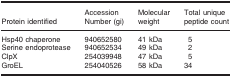
| Protein identified | Accession Number (gi) | Molecular weight | Total unique peptide count |
 | --- | --- | --- | --- |
 | Hsp40 chaperone | 940652580 | 41 kDa | 5 |
 | Serine endoprotease | 940652534 | 49 kDa | 2 |
 | ClpX | 254039948 | 47 kDa | 5 |
 | GroEL | 254040526 | 58 kDa | 34 |